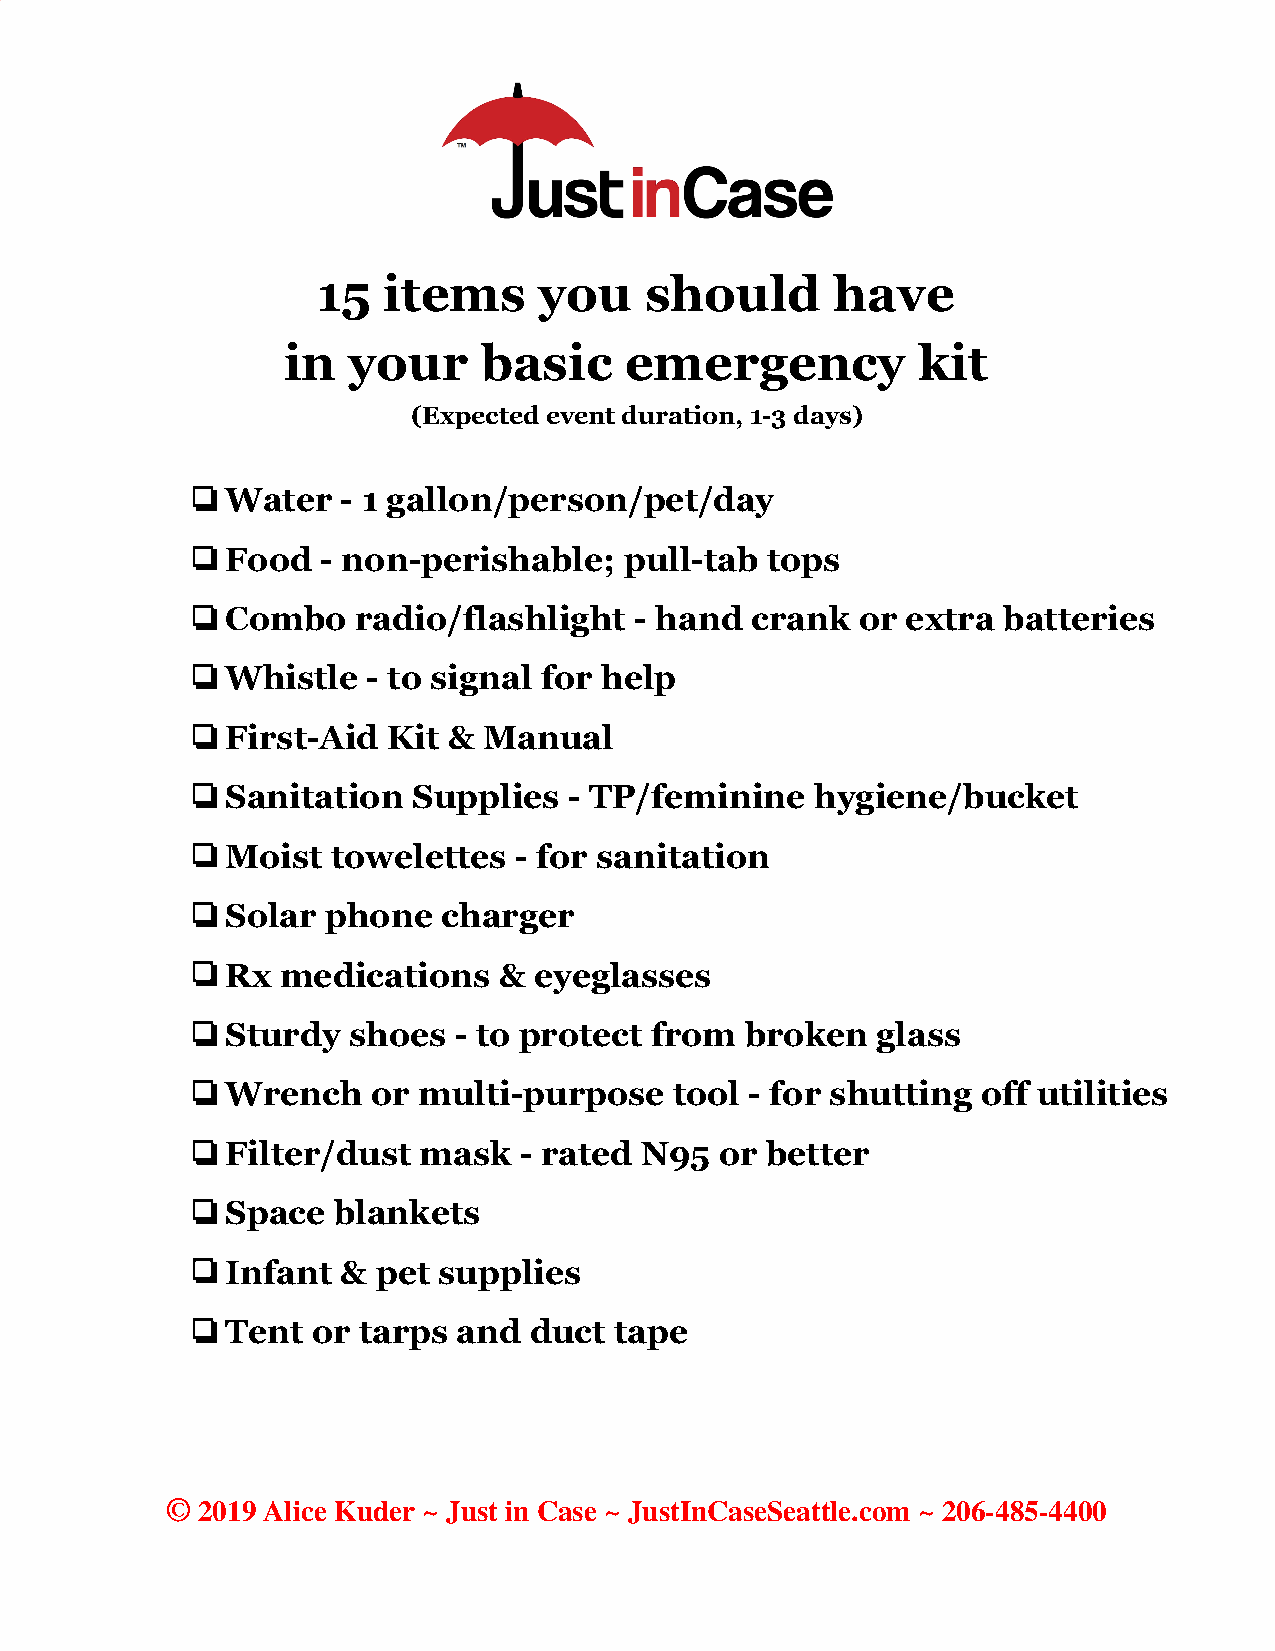
15  items      you    should      have
 in  your     basic    emergency           kit
 (Expected event duration, 1-3 days)
 ❏Water     - 1 gallon/person/pet/day
 ❏Food    - non-perishable;   pull-tab  tops
 ❏Combo      radio/flashlight  - hand  crank  or extra batteries
 ❏Whistle    - to signal for help
 ❏First-Aid    Kit & Manual
 ❏Sanitation    Supplies   - TP/feminine   hygiene/bucket
 ❏Moist    towelettes  - for sanitation
 ❏Solar    phone  charger
 ❏Rx    medications   & eyeglasses
 ❏Sturdy    shoes  - to protect from  broken   glass
 ❏Wrench      or multi-purpose    tool - for shutting off utilities
 ❏Filter/dust    mask  - rated N95   or better
 ❏Space    blankets
 ❏Infant    & pet supplies
 ❏Tent    or tarps and  duct  tape
 © 2019 Alice Kuder ~ Just in Case ~ JustInCaseSeattle.com ~ 206-485-4400
 ​